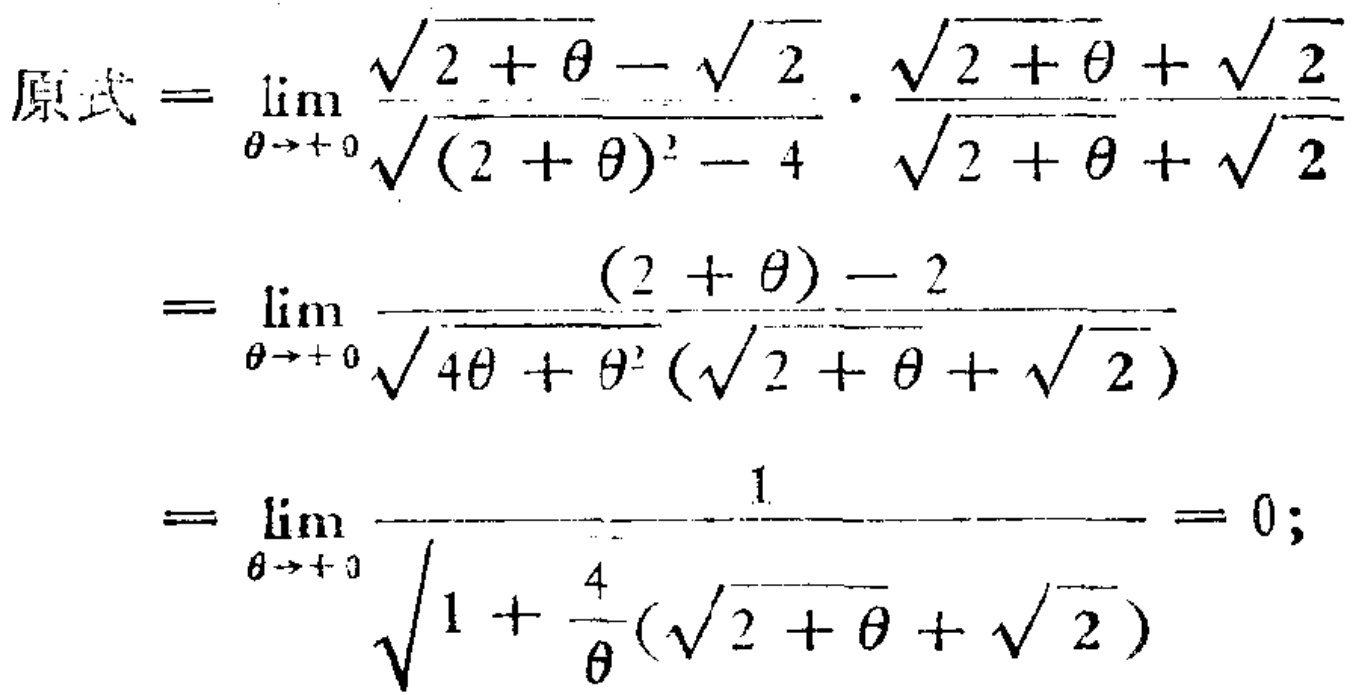
\[
\begin{align*}
原式&=\lim_{\theta \to + 0}\frac{\sqrt{2 + \theta}-\sqrt{2}}{\sqrt{(2 + \theta)^2 - 4}}\cdot\frac{\sqrt{2 + \theta}+\sqrt{2}}{\sqrt{2 + \theta}+\sqrt{2}}\\
&=\lim_{\theta \to + 0}\frac{(2 + \theta)-2}{\sqrt{4\theta+\theta^{2}}(\sqrt{2 + \theta}+\sqrt{2})}\\
&=\lim_{\theta \to + 0}\frac{1}{\sqrt{1+\frac{4}{\theta}}(\sqrt{2 + \theta}+\sqrt{2})}=0;
\end{align*}
\]